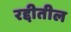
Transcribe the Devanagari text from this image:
रद्दीतील